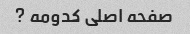
صفحه اصلی کدومه ?